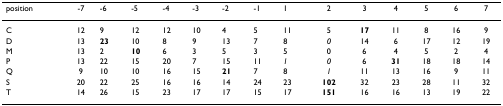
<table><thead><tr><td><b>position</b></td><td><b>-7</b></td><td><b>-6</b></td><td><b>-5</b></td><td><b>-4</b></td><td><b>-3</b></td><td><b>-2</b></td><td><b>-1</b></td><td><b>1</b></td><td><b>2</b></td><td><b>3</b></td><td><b>4</b></td><td><b>5</b></td><td><b>6</b></td><td><b>7</b></td></tr></thead><tbody><tr><td>C</td><td>12</td><td>9</td><td>12</td><td>12</td><td>10</td><td>4</td><td>5</td><td>11</td><td>5</td><td><b>17</b></td><td>11</td><td>8</td><td>16</td><td>9</td></tr><tr><td>D</td><td>13</td><td><b>23</b></td><td>10</td><td>8</td><td>9</td><td>13</td><td>7</td><td>8</td><td><i>0</i></td><td>14</td><td>6</td><td>17</td><td>12</td><td>19</td></tr><tr><td>M</td><td>13</td><td>2</td><td><b>10</b></td><td>6</td><td>3</td><td>5</td><td>3</td><td>5</td><td>0</td><td>6</td><td>4</td><td>5</td><td>2</td><td>4</td></tr><tr><td>P</td><td>13</td><td>22</td><td>15</td><td>20</td><td>7</td><td>15</td><td>11</td><td><i>1</i></td><td><i>0</i></td><td>6</td><td><b>31</b></td><td>18</td><td>18</td><td>14</td></tr><tr><td>Q</td><td>9</td><td>10</td><td>10</td><td>16</td><td>15</td><td><b>21</b></td><td>7</td><td>8</td><td><i>1</i></td><td>11</td><td>13</td><td>16</td><td>9</td><td>11</td></tr><tr><td>S</td><td>20</td><td>22</td><td>25</td><td>16</td><td>16</td><td>14</td><td>24</td><td>23</td><td><b>102</b></td><td>32</td><td>23</td><td>28</td><td>11</td><td>32</td></tr><tr><td>T</td><td>14</td><td>26</td><td>15</td><td>23</td><td>17</td><td>17</td><td>15</td><td>17</td><td><b>151</b></td><td>16</td><td>16</td><td>13</td><td>19</td><td>22</td></tr></tbody></table>